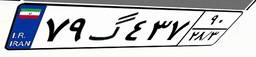
۷۹گ۴۳۷۹۰